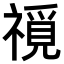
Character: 𥛟